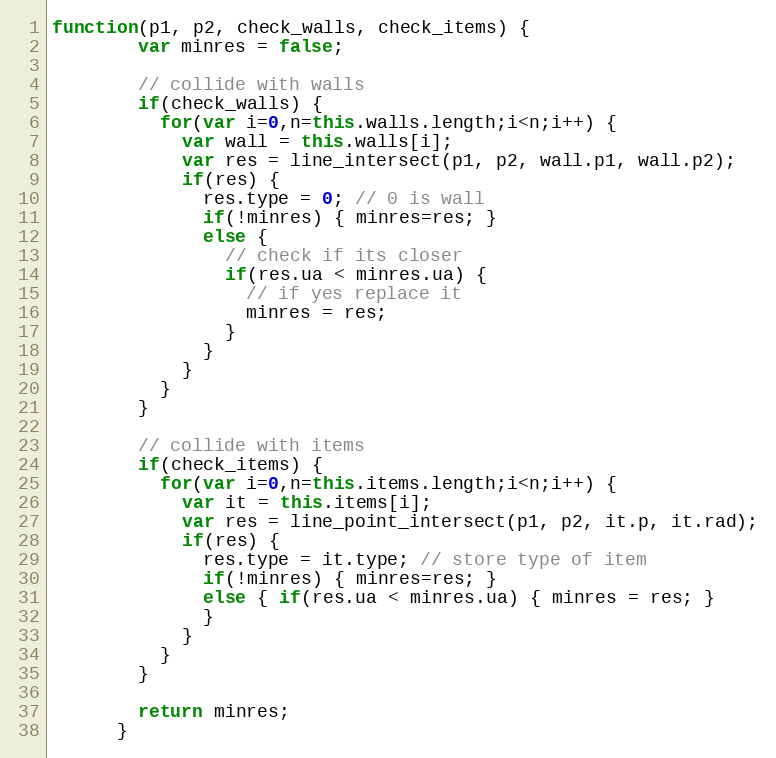
Language: JavaScript
function(p1, p2, check_walls, check_items) {
        var minres = false;

        // collide with walls
        if(check_walls) {
          for(var i=0,n=this.walls.length;i<n;i++) {
            var wall = this.walls[i];
            var res = line_intersect(p1, p2, wall.p1, wall.p2);
            if(res) {
              res.type = 0; // 0 is wall
              if(!minres) { minres=res; }
              else {
                // check if its closer
                if(res.ua < minres.ua) {
                  // if yes replace it
                  minres = res;
                }
              }
            }
          }
        }

        // collide with items
        if(check_items) {
          for(var i=0,n=this.items.length;i<n;i++) {
            var it = this.items[i];
            var res = line_point_intersect(p1, p2, it.p, it.rad);
            if(res) {
              res.type = it.type; // store type of item
              if(!minres) { minres=res; }
              else { if(res.ua < minres.ua) { minres = res; }
              }
            }
          }
        }

        return minres;
      }